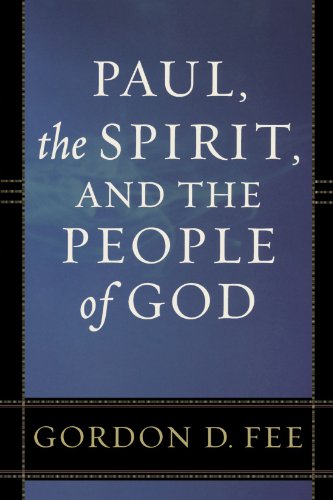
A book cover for Paul, the Spirit, and the People of God; Gordon D. Fee; Christian Books & Bibles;